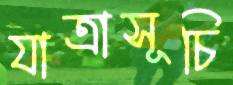
যাত্রাসূচি